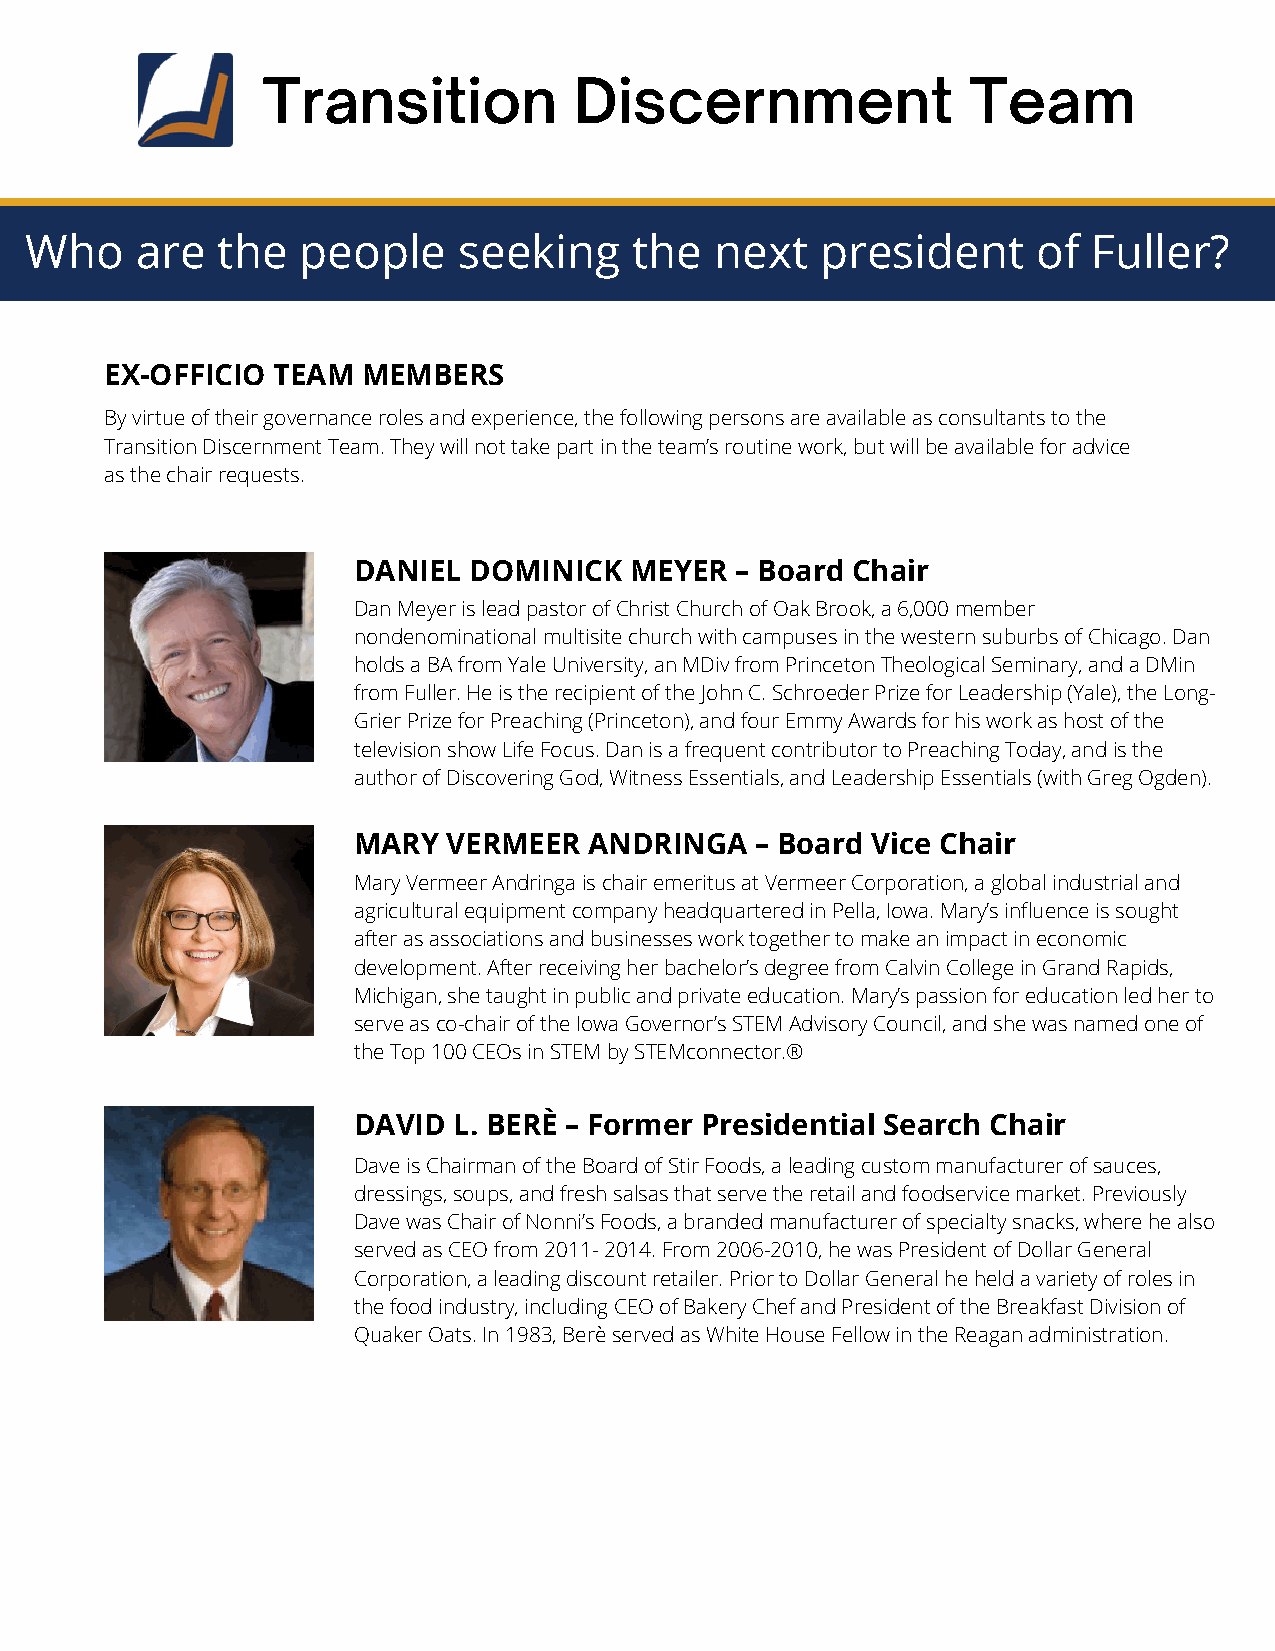
Transition           Discernment               Team
 Who    are  the   people    seeking     the  next   president      of Fuller?
 EX-OFFICIO TEAM  MEMBERS
 By virtue of their governance roles and experience, the following persons are available as consultants to the
 Transition Discernment Team. They will not take part in the team’s routine work, but will be available for advice
 as the chair requests.
 DANIEL  DOMINICK   MEYER  – Board Chair
 Dan Meyer is lead pastor of Christ Church of Oak Brook, a 6,000 member
 nondenominational multisite church with campuses in the western suburbs of Chicago. Dan
 holds a BA from Yale University, an MDiv from Princeton Theological Seminary, and a DMin
 from Fuller. He is the recipient of the John C. Schroeder Prize for Leadership (Yale), the Long-
 Grier Prize for Preaching (Princeton), and four Emmy Awards for his work as host of the
 television show Life Focus. Dan is a frequent contributor to Preaching Today, and is the
 author of Discovering God, Witness Essentials, and Leadership Essentials (with Greg Ogden).
 MARY   VERMEER  ANDRINGA   – Board Vice Chair
 Mary Vermeer Andringa is chair emeritus at Vermeer Corporation, a global industrial and
 agricultural equipment company headquartered in Pella, Iowa. Mary’s influence is sought
 after as associations and businesses work together to make an impact in economic
 development. After receiving her bachelor’s degree from Calvin College in Grand Rapids,
 Michigan, she taught in public and private education. Mary’s passion for education led her to
 serve as co-chair of the Iowa Governor’s STEM Advisory Council, and she was named one of
 the Top 100 CEOs in STEM by STEMconnector.®
 DAVID  L. BERÈ – Former Presidential Search Chair
 Dave is Chairman of the Board of Stir Foods, a leading custom manufacturer of sauces,
 dressings, soups, and fresh salsas that serve the retail and foodservice market. Previously
 Dave was Chair of Nonni’s Foods, a branded manufacturer of specialty snacks, where he also
 served as CEO from 2011- 2014. From 2006-2010, he was President of Dollar General
 Corporation, a leading discount retailer. Prior to Dollar General he held a variety of roles in
 the food industry, including CEO of Bakery Chef and President of the Breakfast Division of
 Quaker Oats. In 1983, Berè served as White House Fellow in the Reagan administration.